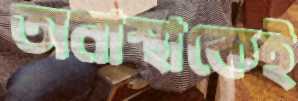
অনাস্থাকেই